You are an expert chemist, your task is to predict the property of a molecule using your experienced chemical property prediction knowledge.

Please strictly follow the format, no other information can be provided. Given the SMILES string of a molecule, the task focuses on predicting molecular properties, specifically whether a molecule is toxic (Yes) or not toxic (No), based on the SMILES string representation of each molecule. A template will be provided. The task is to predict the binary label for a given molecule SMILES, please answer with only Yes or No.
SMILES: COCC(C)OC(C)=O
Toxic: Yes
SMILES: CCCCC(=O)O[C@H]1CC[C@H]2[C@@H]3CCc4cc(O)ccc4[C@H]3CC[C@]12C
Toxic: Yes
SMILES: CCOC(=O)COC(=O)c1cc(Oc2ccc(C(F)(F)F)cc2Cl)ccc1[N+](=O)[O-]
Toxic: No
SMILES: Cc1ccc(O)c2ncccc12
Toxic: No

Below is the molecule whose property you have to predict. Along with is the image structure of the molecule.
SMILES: Cc1c(C)n(CCN(C)C)c2ccc(C(=O)OCCN(C)C)cc12
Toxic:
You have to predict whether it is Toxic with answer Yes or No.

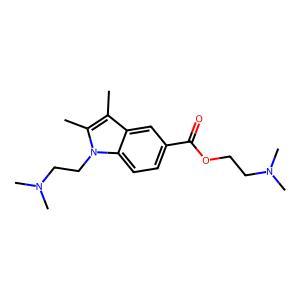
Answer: No